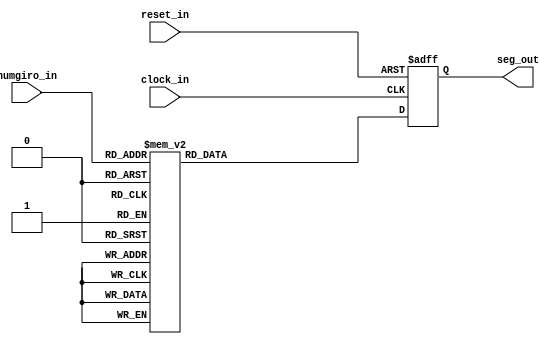
module display7seg
(
reset_in,
clock_in,
numgiro_in,
seg_out
);

// input
input reset_in, clock_in;
input [3:0] numgiro_in;

// output
output [6:0] seg_out;

// reg
reg [6:0] NumGiroConv;

always @(posedge clock_in or posedge reset_in)begin
	if(reset_in)begin
		NumGiroConv = 7'b0000000;
	end
	else begin
		// ctodo
		case (numgiro_in)
		 4'b0000: NumGiroConv = 7'b0111111; // '0'
		 4'b0001: NumGiroConv = 7'b0000110; // '1'
		 4'b0010: NumGiroConv = 7'b1011011; // '2'
		 4'b0011: NumGiroConv = 7'b1001111; // '3'
		 4'b0100: NumGiroConv = 7'b1100110; // '4'
		 4'b0101: NumGiroConv = 7'b1101101; // '5'
		 4'b0110: NumGiroConv = 7'b1111101; // '6'
		 4'b0111: NumGiroConv = 7'b0000111; // '7'
		 4'b1000: NumGiroConv = 7'b1111111; // '8'
		 4'b1001: NumGiroConv = 7'b1101111; // '9'
		 default: NumGiroConv = 7'b0000000; // Se no for um dgito, mostre '0'
		endcase
   end
end

assign seg_out = NumGiroConv;

endmodule